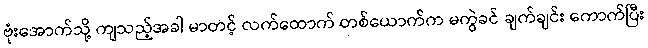
ဗုံးအောက်သို့ ကျသည့်အခါ မာတင့် လက်ထောက် တစ်ယောက်က မကွဲခင် ချက်ချင်း ကောက်ပြီး